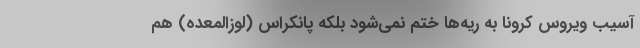
آسیب‌ ویروس کرونا به ریه‌ها ختم نمی‌شود بلکه پانکراس (لوزالمعده) هم